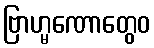
ဗြာဟ္မဏောတွေဝ